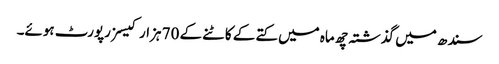
سندھ میں گذشتہ چھ ماہ میں کتے کے کاٹنے کے 70 ہزار کیسز رپورٹ ہوئے۔